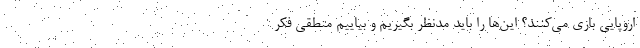
اروپایی بازی می‌کنند؟ این‌ها را باید مدنظر بگیریم و بیاییم منطقی فکر